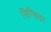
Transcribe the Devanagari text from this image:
सिन्सियर